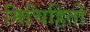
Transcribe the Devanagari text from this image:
मिचिहितो